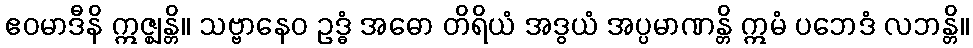
ဧဝမာဒီနိ ဣဇ္ဈန္တိ။ သဗ္ဗာနေဝ ဥဒ္ဓံ အဓော တိရိယံ အဒွယံ အပ္ပမာဏန္တိ ဣမံ ပဘေဒံ လဘန္တိ။